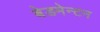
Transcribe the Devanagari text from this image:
बेडमेन्टन